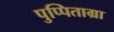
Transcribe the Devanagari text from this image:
पुप्पिताग्रा